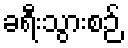
ခရီးသွားစဉ်